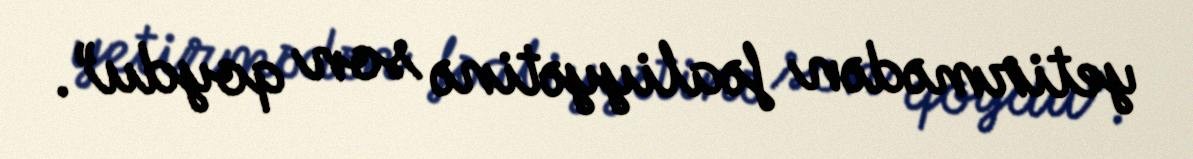
yetirmədən fəaliyyətinə son qoydu”.